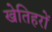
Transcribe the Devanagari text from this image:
खेतिहरों